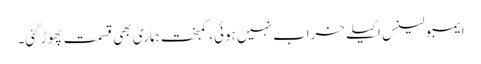
ایمبولینس اکیلے خراب نہیں ہوئی، کمبخت ہماری بھی قسمت پھوڑ گئی۔